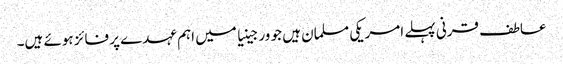
عاطف قرنی پہلے امریکی مسلمان ہیں جو ورجینیا میں اہم عہدے پر فائز ہوئے ہیں۔